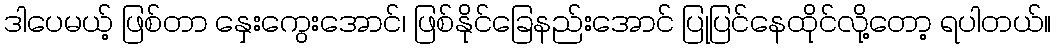
ဒါပေမယ့် ဖြစ်တာ နှေးကွေးအောင်၊ ဖြစ်နိုင်ခြေနည်းအောင် ပြုပြင်နေထိုင်လို့တော့ ရပါတယ်။